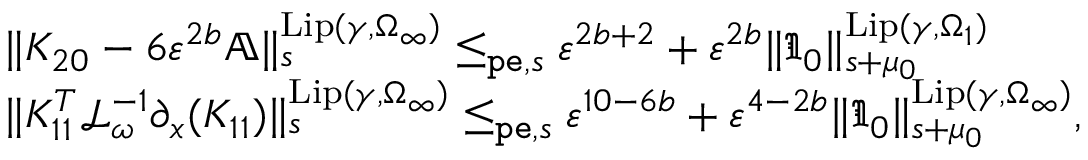
\begin{array} { r l } & { \rVert K _ { 2 0 } - 6 \varepsilon ^ { 2 b } \mathbb { A } \rVert _ { s } ^ { \mathrm { L i p } ( \gamma , \Omega _ { \infty } ) } \le _ { \mathtt { p e } , s } \varepsilon ^ { 2 b + 2 } + \varepsilon ^ { 2 b } \rVert \mathfrak { I } _ { 0 } \rVert _ { s + \mu _ { 0 } } ^ { \mathrm { L i p } ( \gamma , \Omega _ { 1 } ) } } \\ & { \rVert K _ { 1 1 } ^ { T } \mathcal { L } _ { \omega } ^ { - 1 } \partial _ { x } ( K _ { 1 1 } ) \rVert _ { s } ^ { \mathrm { L i p } ( \gamma , \Omega _ { \infty } ) } \le _ { \mathtt { p e } , s } \varepsilon ^ { 1 0 - 6 b } + \varepsilon ^ { 4 - 2 b } \rVert \mathfrak { I } _ { 0 } \rVert _ { s + \mu _ { 0 } } ^ { \mathrm { L i p } ( \gamma , \Omega _ { \infty } ) } , } \end{array}